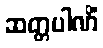
ဆတ္တပါဏိံ